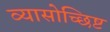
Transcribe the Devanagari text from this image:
व्यासोच्छिष्ट